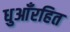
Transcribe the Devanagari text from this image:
धुआँरहित